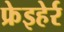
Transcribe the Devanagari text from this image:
फ्रेइहेर्र